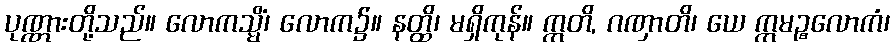
ပုဏ္ဏားတို့သည်။ လောကသ္မိံ၊ လောက၌။ နတ္ထိ၊ မရှိကုန်။ ဣတိ, ဂဏှာတိ၊ ယေ ဣမဉ္စလောကံ၊